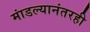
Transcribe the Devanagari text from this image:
मांडल्यानंतरही